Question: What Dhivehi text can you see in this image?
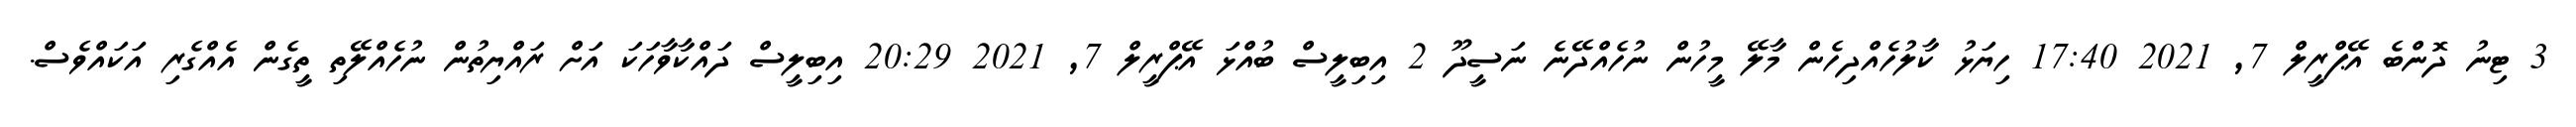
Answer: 3 ޓިނު ދޮންބެ އޭޕްރީލް 7, 2021 17:40 ހިޔަޅު ކާލުހެއްދިހެން މާލޭ މީހުން ނުހެއްދޭނެ ނަސީދޫ 2 އިބިލީސް ބުއްޅަ އޭޕްރީލް 7, 2021 20:29 އިބިލީސް ދައްކާވާހަކަ އަށް ރައްޔިތުން ނުހެއްލޭތި ތީގެން އެއްގެރި އަކައްވެސް.